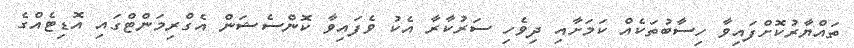
ތައްޔާރުކޮށްފައިވާ ހިސާބުތަކެއް ކަމަށާއި ދިވެހި ސަރުކާރާ އެކު ވެފައިވާ ކޮންސެޝަން އެގްރިމަންޓްގައި އޮޑިޓެއްގެ